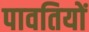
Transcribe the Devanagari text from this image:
पावतियों